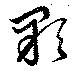
顆